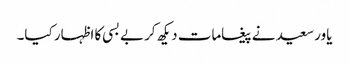
یاور سعید نے پیغامات دیکھ کر بے بسی کا اظہار کیا۔